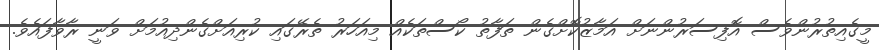
މީގެއިތުރުންވެސް އޮފިސަރުންނަށް އަމާޒުކޮށްގެން ތަފާތު ކޯސްތަކެއް މިއަހަރު ތެރޭގައި ކުރިއަށްގެންދިއުމަށް ވަނީ ރާވާފައެވެ.